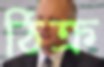
ঠিক্‌র